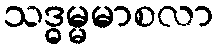
သဒ္ဓမ္မမာစလာ